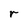
Character: r